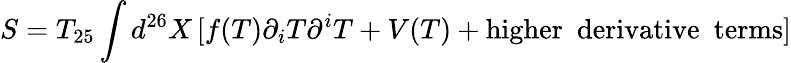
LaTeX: S=T_{25}\int d^{26}X\, [f(T)\partial_{i}T\partial^{i}T+V(T)+\mathrm{higher\enspace derivative\enspace terms}]